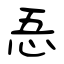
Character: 忢